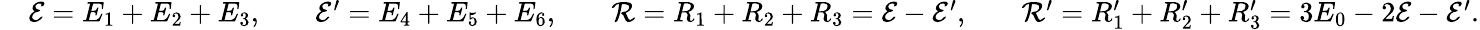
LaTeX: \begin{array}{rlrlrlrl}&{\mathcal{E}=E_{1}+E_{2}+E_{3},}&&{\mathcal{E}^{\prime}=E_{4}+E_{5}+E_{6},}&&{\mathcal{R}=R_{1}+R_{2}+R_{3}=\mathcal{E}-\mathcal{E}^{\prime},}&&{\mathcal{R}^{\prime}=R_{1}^{\prime}+R_{2}^{\prime}+R_{3}^{\prime}=3E_{0}-2\mathcal{E}-\mathcal{E}^{\prime}.}\end{array}